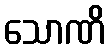
သောဏိ